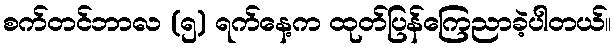
စက်တင်ဘာလ (၅) ရက်နေ့က ထုတ်ပြန်ကြေညာခဲ့ပါတယ်။